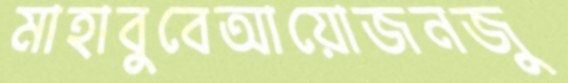
মাহাবুবেআয়োজনজু